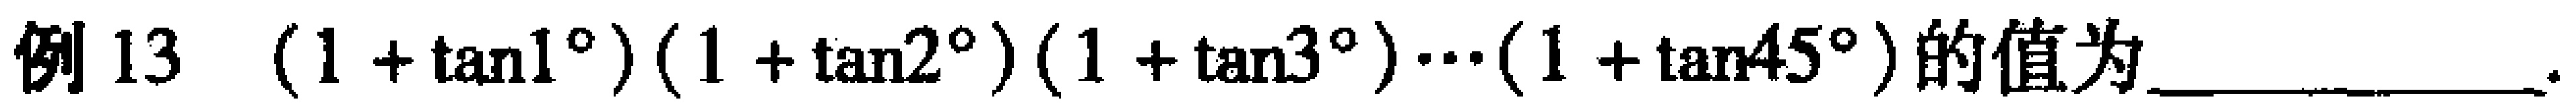
例13 \((1 + \tan1^{\circ})(1 + \tan2^{\circ})(1 + \tan3^{\circ})\cdots(1 + \tan45^{\circ})\)的值为__________.